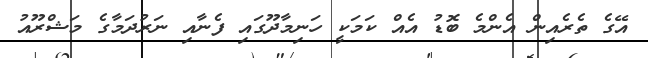
އޭގެ ތެރެއިން އެންމެ ބޮޑު އެއް ކަމަކީ ހަނިމާދޫގައި ފެނާއި ނަރުދަމާގެ މަޝްރޫއު